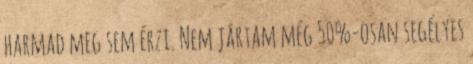
harmad meg sem érzi. Nem jártam még 50%-osan segélyes